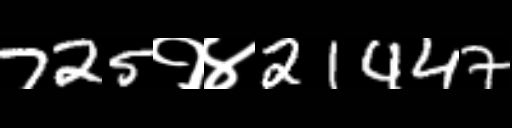
Text: 725१४21447